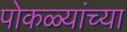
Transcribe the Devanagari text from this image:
पोकळ्यांच्या